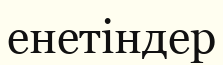
енетіндер